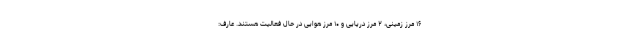
۱۶ مرز زمینی، ۲ مرز دریایی و ۱۰ مرز هوایی در حال فعالیت هستند. عارف: